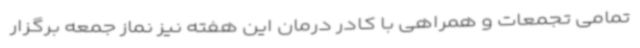
تمامی تجمعات و همراهی با کادر درمان این هفته نیز نماز جمعه برگزار